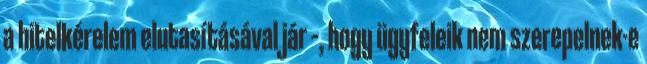
a hitelkérelem elutasításával jár –, hogy ügyfeleik nem szerepelnek-e